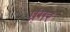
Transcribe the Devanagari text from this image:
ग्रेंगर